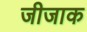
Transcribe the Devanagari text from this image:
जीजाक